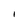
Character: l